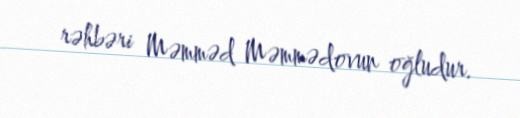
rəhbəri Məmməd Məmmədovun oğludur.